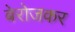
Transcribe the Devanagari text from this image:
बेरोजकर